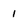
Character: 1